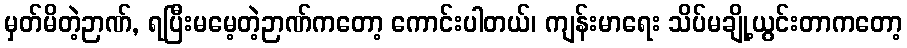
မှတ်မိတဲ့ဉာဏ်, ရပြီးမမေ့တဲ့ဉာဏ်ကတော့ ကောင်းပါတယ်၊ ကျန်းမာရေး သိပ်မချို့ယွင်းတာကတော့